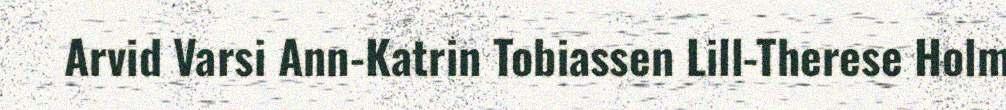
Arvid Varsi Ann-Katrin Tobiassen Lill-Therese Holm